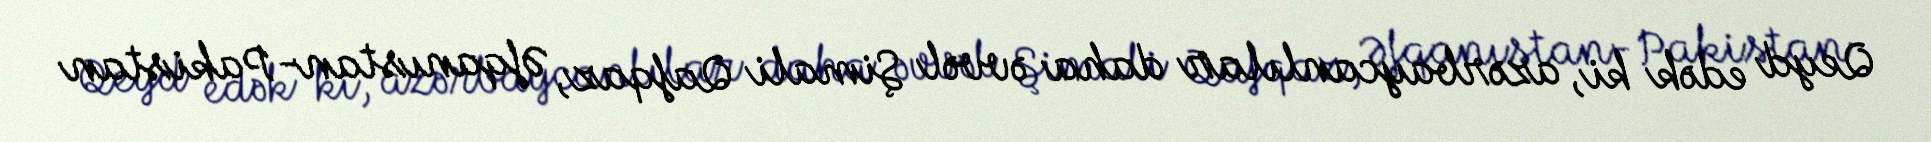
Qeyd edək ki, azərbaycanlılar daha əvvəl Şimali Qafqaz, Əfqanıstan-Pakistan